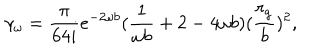
\gamma _ { \omega } = \frac { \pi } { 6 4 i } e ^ { - 2 \omega b } ( \frac { 1 } { \omega b } + 2 - 4 \omega b ) ( \frac { r _ { g } } { b } ) ^ { 2 } ,